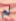
لم